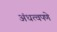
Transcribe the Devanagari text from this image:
अंधत्वपणे